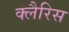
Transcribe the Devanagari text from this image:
क्लैरिस